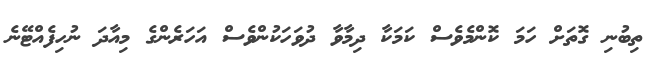
ތިބުނި ގޮތަށް ހަމަ ކޮންމެވެސް ކަމަކާ ދިމާވާ ދުވަހަކުންވެސް އަހަރެންގެ މިއާދަ ނުހިފެއްޓޭނެ